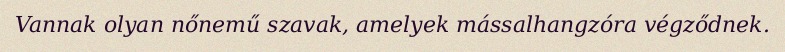
Vannak olyan nőnemű szavak, amelyek mássalhangzóra végződnek.